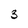
Character: 3